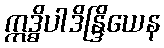
ဣဒ္ဓိပါဒိန္ဒြိယေန